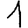
Digit: 1